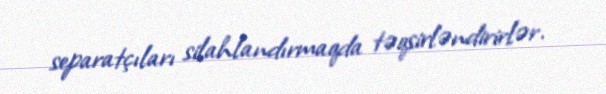
separatçıları silahlandırmaqda təqsirləndirirlər.